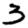
Digit: 3